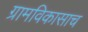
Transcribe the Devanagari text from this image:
ग्रामविकासाच